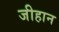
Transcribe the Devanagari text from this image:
जीहान